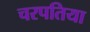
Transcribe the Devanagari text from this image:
चरपतिया